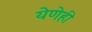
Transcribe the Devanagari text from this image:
येणेही